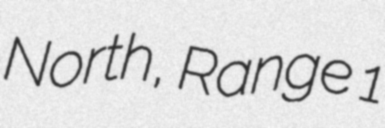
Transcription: North, Range 1